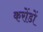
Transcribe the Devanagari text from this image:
करोंडों